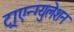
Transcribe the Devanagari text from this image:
ट्राएन्ग्युलेशन